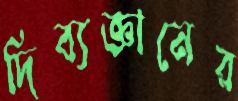
দিব্যজ্ঞানের